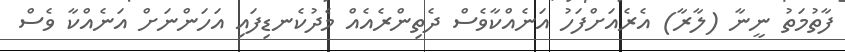
ފާތުމަތު ނީނާ (ލާރާ) އެރެއަށްފަހު އަނެއްކާވެސް ދެތިންރެއެއް މެދުކެނޑިފައި އަހަންނަށް އަނެއްކާ ވެސް